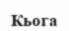
Кьога